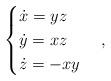
LaTeX: \begin{align*}\begin{cases}\dot{x}=yz\\\dot{y}=xz\\\dot{z}=-xy\end{cases},\end{align*}